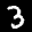
Label: 3